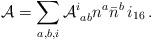
LaTeX: \begin{align*} {\cal A} = \sum_{a,b,i} {\cal A}^i_{\, \, ab} n^a {\bar n}^b\, i_{16}\, .\end{align*}